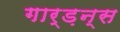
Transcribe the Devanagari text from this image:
गार्ड़न्स